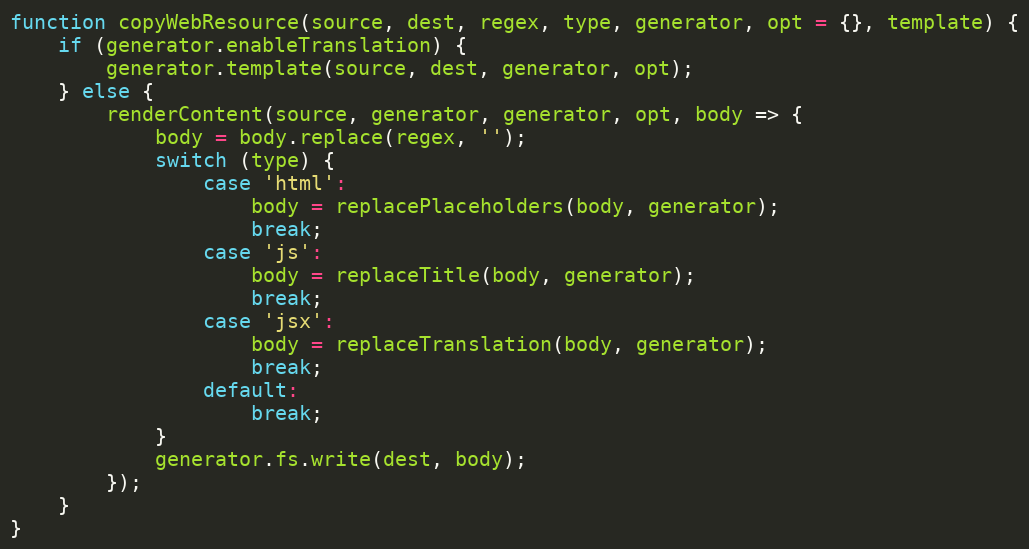
Language: JavaScript
function copyWebResource(source, dest, regex, type, generator, opt = {}, template) {
    if (generator.enableTranslation) {
        generator.template(source, dest, generator, opt);
    } else {
        renderContent(source, generator, generator, opt, body => {
            body = body.replace(regex, '');
            switch (type) {
                case 'html':
                    body = replacePlaceholders(body, generator);
                    break;
                case 'js':
                    body = replaceTitle(body, generator);
                    break;
                case 'jsx':
                    body = replaceTranslation(body, generator);
                    break;
                default:
                    break;
            }
            generator.fs.write(dest, body);
        });
    }
}